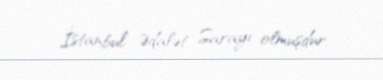
İstanbul Ədalət Sarayı olmuşdur.